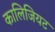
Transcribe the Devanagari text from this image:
कालिजियट